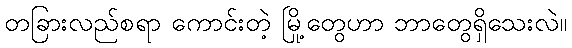
တခြားလည်စရာ ကောင်းတဲ့ မြို့တွေဟာ ဘာတွေရှိသေးလဲ။